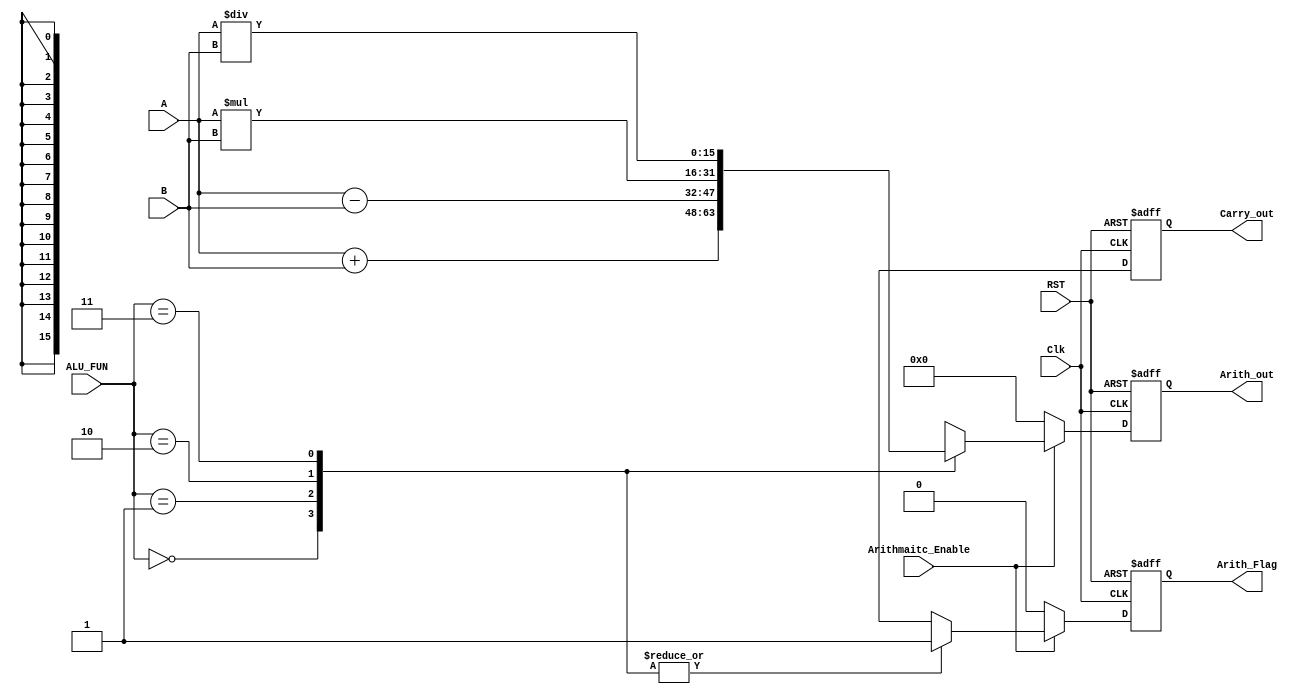
module ARITHMATIC_UNIT
  #(parameter IN_DATA_WIDTH= 16,
              OUT_DATA_WIDTH=16
  )
  
  (
  input wire      [IN_DATA_WIDTH-1:0]        A,
  input wire      [IN_DATA_WIDTH-1:0]        B,
  input wire      [1:0]                      ALU_FUN,
  input wire                                 Clk,
  input wire                                 RST,
  input wire                                 Arithmaitc_Enable,
  output reg     [OUT_DATA_WIDTH-1:0]       Arith_out,
  output reg                                Arith_Flag,
  output reg                                Carry_out
  );
  //internal signals
  
   reg     [OUT_DATA_WIDTH-1:0]       Arith_out_signal;
   reg     [1:0]                      Arith_Flag_signal;
   wire                              Carry_out_signal;
  //always blocking sequential
always@(posedge Clk or negedge RST)
begin
  if(!RST)
    begin
      Arith_out<=0;
      Arith_Flag<=0;
      Carry_out<=0;
    end
  else 
    begin
     Arith_out<=Arith_out_signal;
     Arith_Flag<=Arith_Flag_signal;
     Carry_out<=Carry_out_signal;
    end
end
//always blocking for combinational 
always@(*)
begin
  Arith_out_signal=16'b0;
  Arith_Flag_signal=1'b0;
  if(Arithmaitc_Enable)
    begin
      case(ALU_FUN)
        2'b00:begin
          Arith_out_signal=A+B;
            Arith_Flag_signal=1'b1;
        end
        2'b01:begin
          Arith_out_signal=A-B;
            Arith_Flag_signal=1'b1;
        end
        2'b10:begin
          Arith_out_signal=A*B;
            Arith_Flag_signal=1'b1;
        end
        2'b11:begin
          Arith_out_signal=A/B;
            Arith_Flag_signal=1'b1;
        end   
    endcase
    end
    else
      begin
        Arith_out_signal=16'b0;
        Arith_Flag_signal=1'b0;
      end
end
//for carry bit
assign  Carry_out_signal= Arith_out_signal[IN_DATA_WIDTH];

endmodule